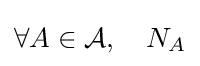
\forall A\in {\mathcal {A}},\quad N_{A}